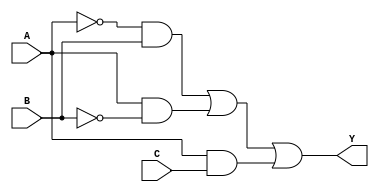
module combinational_logic (
    input wire A,    // Input A
    input wire B,    // Input B
    input wire C,    // Input C
    output wire Y    // Output Y
);

// Internal signals for the essential prime implicants
wire A_not;
wire B_not;
wire A_and_B_not;
wire B_and_A_not;
wire A_and_C;

// NOT gates
assign A_not = ~A;  // NOT A
assign B_not = ~B;  // NOT B

// AND gates for essential prime implicants
assign A_and_B_not = A_not & B;      // A'B
assign B_and_A_not = A & B_not;      // AB'
assign A_and_C = A & C;              // AC

// OR gate to combine the results
assign Y = A_and_B_not | B_and_A_not | A_and_C;  // Y = A'B + AB' + AC

endmodule